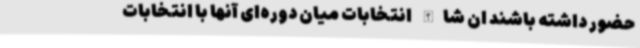
حضور داشته باشند ان شاالله انتخابات میان دوره‌ای آنها با انتخابات